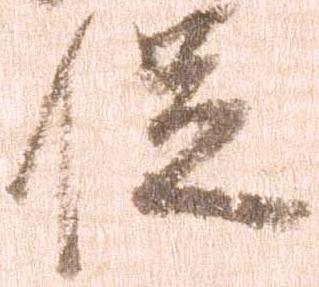
促